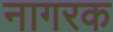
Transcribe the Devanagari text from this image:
नागरक